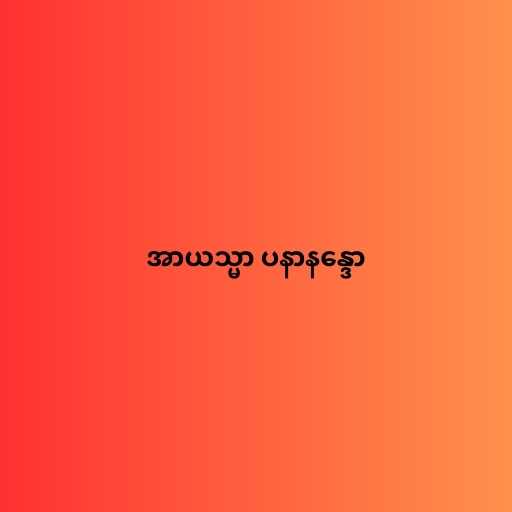
အာယသ္မာ ပနာနန္ဒော